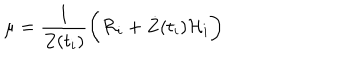
LaTeX: \mu = \frac { 1 } { Z ( t _ { i } ) } \biggr ( { \cal R } _ { i } + { \dot { Z } } ( t _ { i } ) { \cal H } _ { i } \biggl )